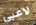
لاعبي